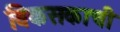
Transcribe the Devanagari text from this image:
विकसकाची